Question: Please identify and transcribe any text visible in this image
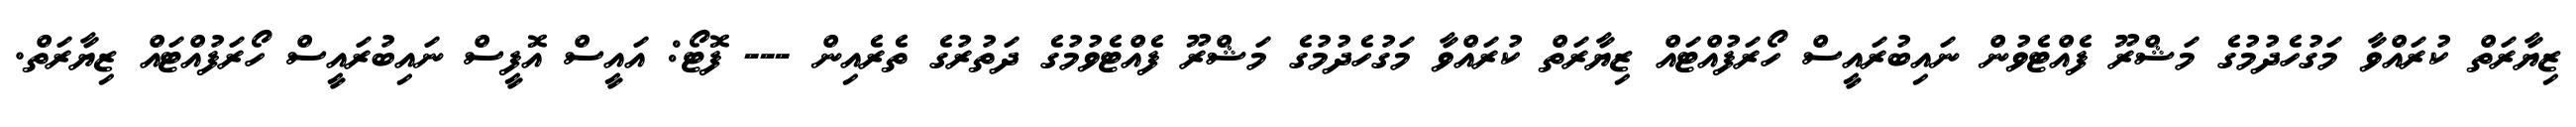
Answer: ޒިޔާރަތް ކުރައްވާ މަގުހެދުމުގެ މަޝްރޫ ފެއްޓެވުން ނައިބުރައީސް ހޯރަފުއްޓައް ޒިޔާރަތް ކުރައްވާ މަގުހެދުމުގެ މަޝްރޫ ފެއްޓެވުމުގެ ދަތުރުގެ ތެރެއިން --- ފޮޓޯ: އައީސް އޮފީސް ނައިބުރައީސް ހޯރަފުއްޓައް ޒިޔާރަތް.